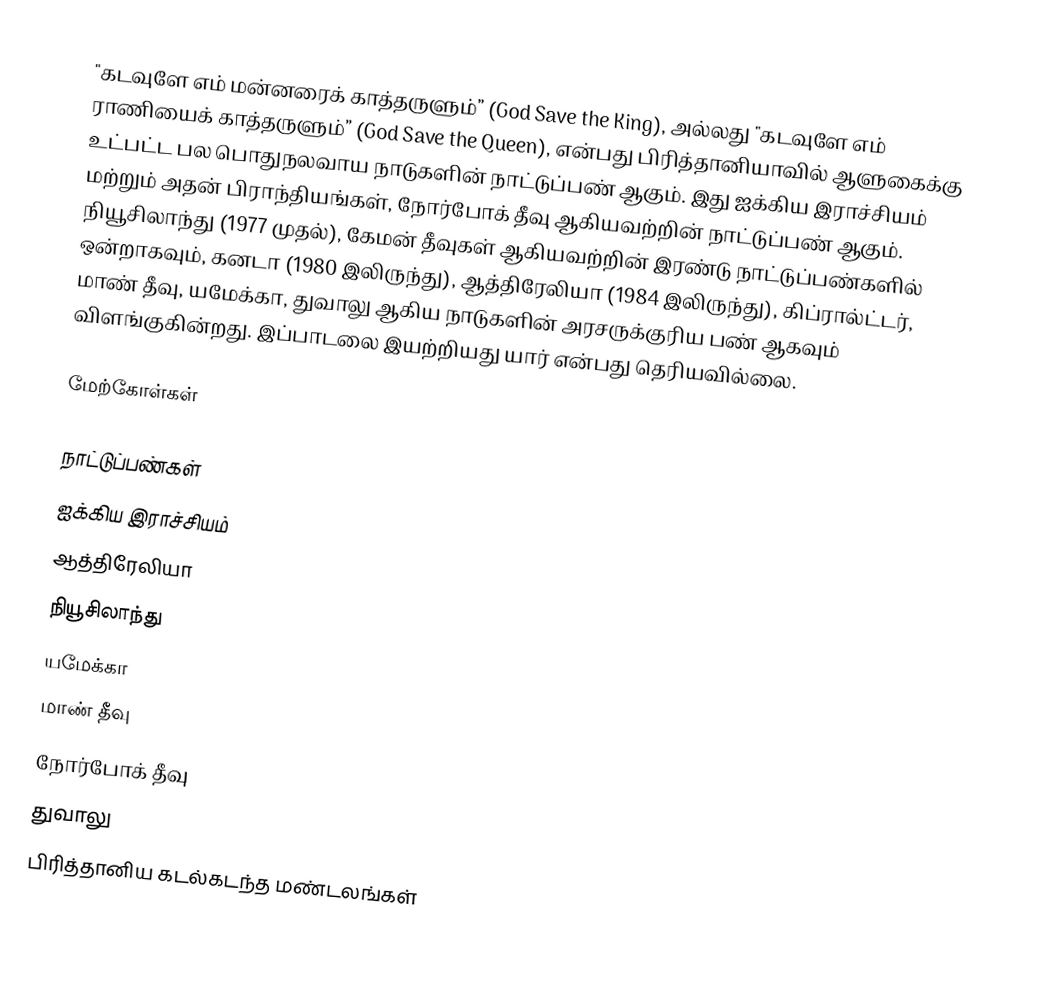
"கடவுளே எம்  மன்னரைக்  காத்தருளும்” (God Save the King), அல்லது "கடவுளே எம் ராணியைக் காத்தருளும்” (God Save the Queen), என்பது பிரித்தானியாவில் ஆளுகைக்கு உட்பட்ட பல பொதுநலவாய நாடுகளின் நாட்டுப்பண் ஆகும். இது ஐக்கிய இராச்சியம் மற்றும் அதன் பிராந்தியங்கள், நோர்போக் தீவு ஆகியவற்றின் நாட்டுப்பண் ஆகும். நியூசிலாந்து (1977 முதல்), கேமன் தீவுகள் ஆகியவற்றின் இரண்டு நாட்டுப்பண்களில் ஒன்றாகவும், கனடா (1980 இலிருந்து), ஆத்திரேலியா (1984 இலிருந்து), கிப்ரால்ட்டர், மாண் தீவு, யமேக்கா, துவாலு ஆகிய நாடுகளின் அரசருக்குரிய பண் ஆகவும் விளங்குகின்றது. இப்பாடலை இயற்றியது யார் என்பது தெரியவில்லை.

மேற்கோள்கள்

நாட்டுப்பண்கள்
ஐக்கிய இராச்சியம்
ஆத்திரேலியா
நியூசிலாந்து
யமேக்கா
மாண் தீவு
நோர்போக் தீவு
துவாலு
பிரித்தானிய கடல்கடந்த மண்டலங்கள்